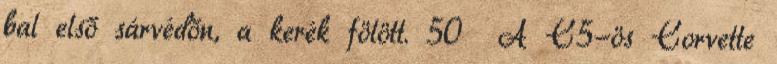
bal első sárvédőn, a kerék fölött. 50 A C5-ös Corvette